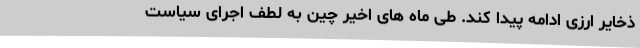
ذخایر ارزی ادامه پیدا کند. طی ماه های اخیر چین به لطف اجرای سیاست